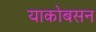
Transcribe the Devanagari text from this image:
याकोबसन